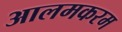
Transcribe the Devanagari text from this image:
आलमकरम